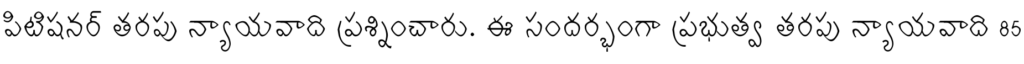
పిటిషనర్ తరపు న్యాయవాది ప్రశ్నించారు. ఈ సందర్భంగా ప్రభుత్వ తరపు న్యాయవాది 85